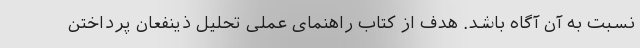
نسبت به آن آگاه باشد. هدف از کتاب راهنمای عملی تحلیل ذینفعان پرداختن